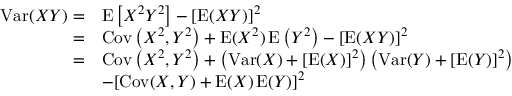
{ \begin{array} { r l } { \operatorname { V a r } ( X Y ) = } & { \operatorname { E } \left[ X ^ { 2 } Y ^ { 2 } \right] - [ \operatorname { E } ( X Y ) ] ^ { 2 } } \\ { = } & { \operatorname { C o v } \left( X ^ { 2 } , Y ^ { 2 } \right) + \operatorname { E } ( X ^ { 2 } ) \operatorname { E } \left( Y ^ { 2 } \right) - [ \operatorname { E } ( X Y ) ] ^ { 2 } } \\ { = } & { \operatorname { C o v } \left( X ^ { 2 } , Y ^ { 2 } \right) + \left( \operatorname { V a r } ( X ) + [ \operatorname { E } ( X ) ] ^ { 2 } \right) \left( \operatorname { V a r } ( Y ) + [ \operatorname { E } ( Y ) ] ^ { 2 } \right) } \\ & { - [ \operatorname { C o v } ( X , Y ) + \operatorname { E } ( X ) \operatorname { E } ( Y ) ] ^ { 2 } } \end{array} }